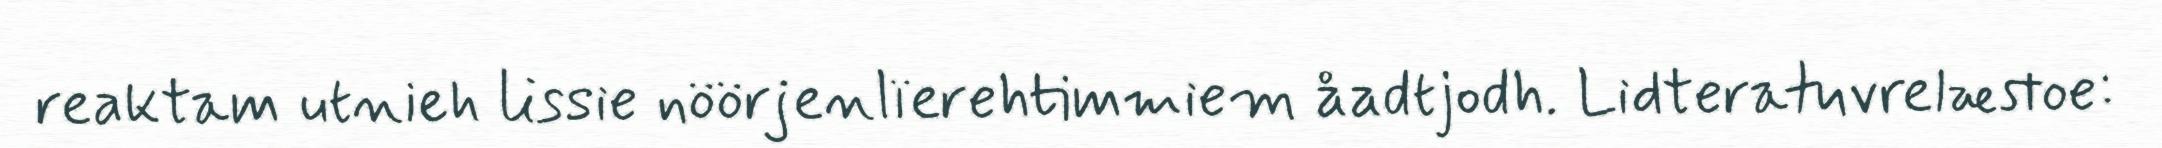
reaktam utnieh lissie nöörjenlïerehtimmiem åadtjodh. Lidteratuvrelæstoe: